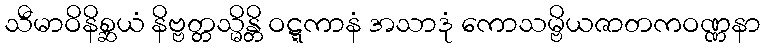
သီမာဝိနိစ္ဆယံ နိဗ္ဗတ္တသ္မိန္တိ ဝဋ္ဋကာနံ အသာဒုံ ကောသမ္ဗိယဇာတကဝဏ္ဏနာ